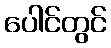
ပေါင်တွင်